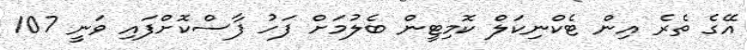
އޭގެ ތެރެ އިން ޓެކްނިކަލް ކޮމިޓީން ބެލުމަށް ފަހު ފާސްކޮށްފައި ވަނީ 107